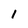
Character: 1